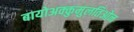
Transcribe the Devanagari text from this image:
बायोअक्कुमुलतिओन